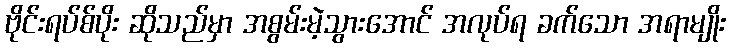
ဗိုင်းရပ်စ်ပိုး ဆိုသည်မှာ အစွမ်းမဲ့သွားအောင် အလုပ်ရ ခက်သော အရာမျိုး